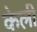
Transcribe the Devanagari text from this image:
केली